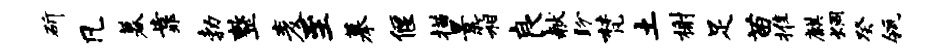
斫凡暮靠勃整麦至摹偃描景箱良献盼梵土榭足苗推麒炯癸瓴